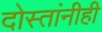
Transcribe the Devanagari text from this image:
दोस्तांनीही